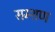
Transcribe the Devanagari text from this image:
सम्शण